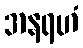
အနရဟံ